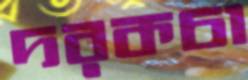
দরকচা